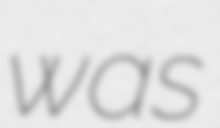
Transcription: was